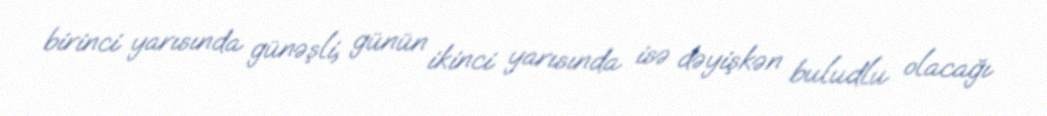
birinci yarısında günəşli, günün ikinci yarısında isə dəyişkən buludlu olacağı